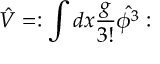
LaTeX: \hat { V } = : \int d x \frac { g } { 3 ! } \hat { \phi ^ { 3 } } :